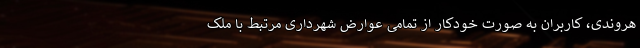
هروندی، کاربران به صورت خودکار از تمامی عوارض شهرداری مرتبط با ملک